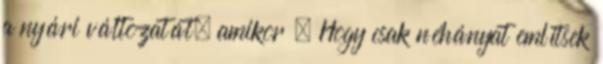
a nyári változatát, amikor – Hogy csak néhányat említsek